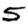
Digit: 5